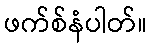
ဖက်စ်နံပါတ်။